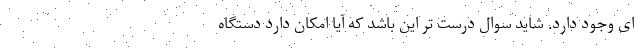
ای وجود دارد. شاید سوال درست تر این باشد که آیا امکان دارد دستگاه